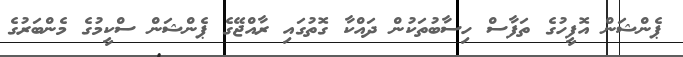
ޕެންޝަން އޮފީހުގެ ތަފާސް ހިސާބުތަކުން ދައްކާ ގޮތުގައި ރާއްޖޭގެ ޕެންޝަން ސްކީމުގެ މެންބަރުގެ